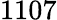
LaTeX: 1107